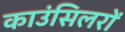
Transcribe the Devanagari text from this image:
काउंसिलरों